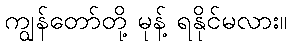
ကျွန်တော်တို့ မုန့် ရနိုင်မလား။